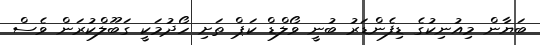
ބަޔާން މިއުނިކުގެ ޑިފެންޑަރު ބުނީ ވޯލްޑް ކަޕް ތަށި ހޯދުމަކީ ގަބޫލްކުރަން ވެސް